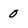
Character: 0